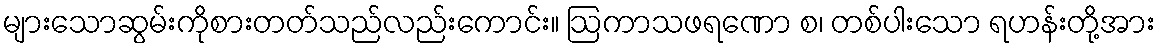
များသောဆွမ်းကိုစားတတ်သည်လည်းကောင်း။ ဩကာသဖရဏော စ၊ တစ်ပါးသော ရဟန်းတို့အား